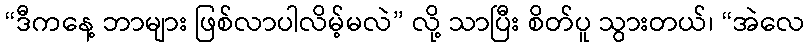
“ဒီကနေ့ ဘာများ ဖြစ်လာပါလိမ့်မလဲ” လို့ သာပြီး စိတ်ပူ သွားတယ်၊ “အဲလေ